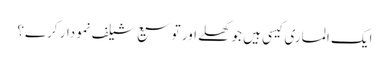
ایک الماری کیسی ہیں جو کھلے اور توسیع شیلف نمودار کرے؟